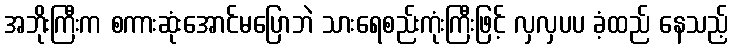
အဘိုးကြီးက စကားဆုံးအောင်မပြောဘဲ သားရေစည်းကုံးကြီးဖြင့် လှလှပပ ခံ့ထည် နေသည့်